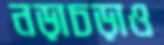
নড়াচড়াও